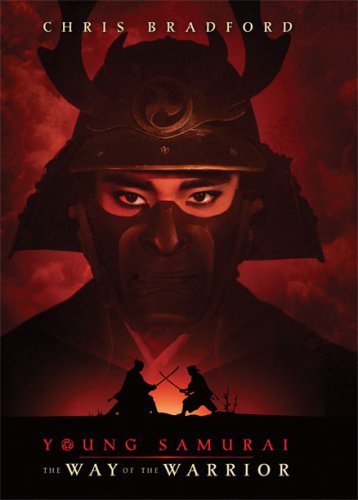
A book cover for Young Samurai: The Way of the Warrior; Chris Bradford; Teen & Young Adult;